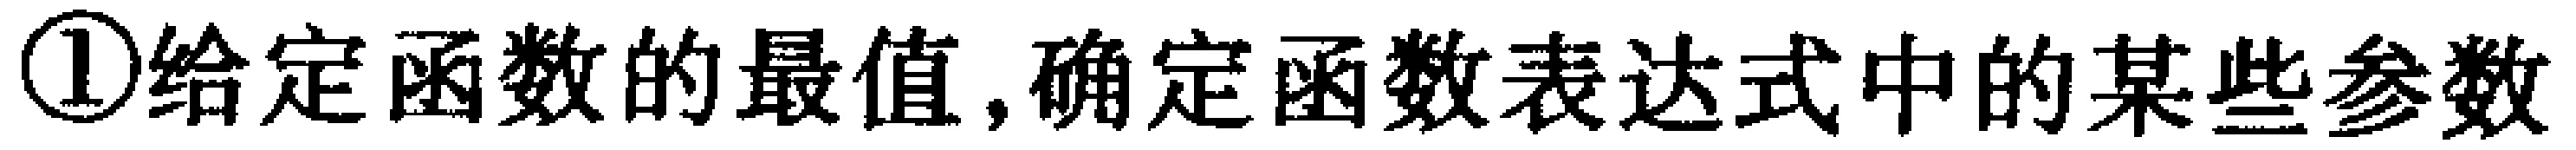
\textcircled{1}给定函数的最值,确定函数表达式中的某些参数